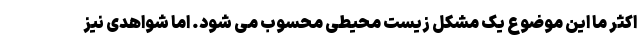
اکثر ما این موضوع یک مشکل زیست محیطی محسوب می شود. اما شواهدی نیز